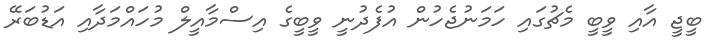
ބީޖީ އާއި ވީބީ މެޗުގައި ހަމަނުޖެހުން އުފެދުނީ ވީބީގެ އިސްމާއީލް މުހައްމަދާއި އަޑުބަރޭ